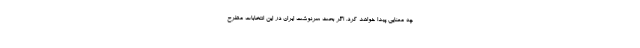
چه معنایی پیدا خواهد کرد. اگر بحث سرنوشت ایران در این انتخابات مطرح